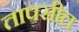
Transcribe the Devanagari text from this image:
तापसील